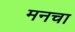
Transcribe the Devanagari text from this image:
मनचा